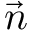
\vec { n }